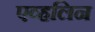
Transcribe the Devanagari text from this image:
एव्हलिन